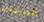
العارضات